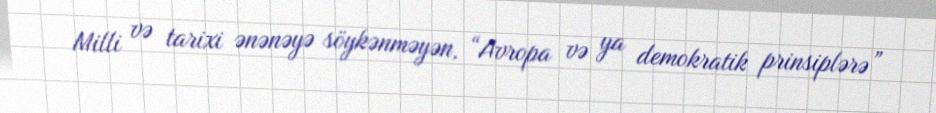
Milli və tarixi ənənəyə söykənməyən, “Avropa və ya demokratik prinsiplərə”